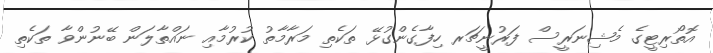
އޮތޯރިޓީގެ މެޝިނަރީސް ފަރުނީޗަރ ހިފާގެންގުޅޭ ތަކެތި މަރާމާތު ކުރުމާއި ނައްތާލަން ބޭނުންވާ ތަކެތި